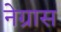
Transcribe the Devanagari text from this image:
नेग्रास